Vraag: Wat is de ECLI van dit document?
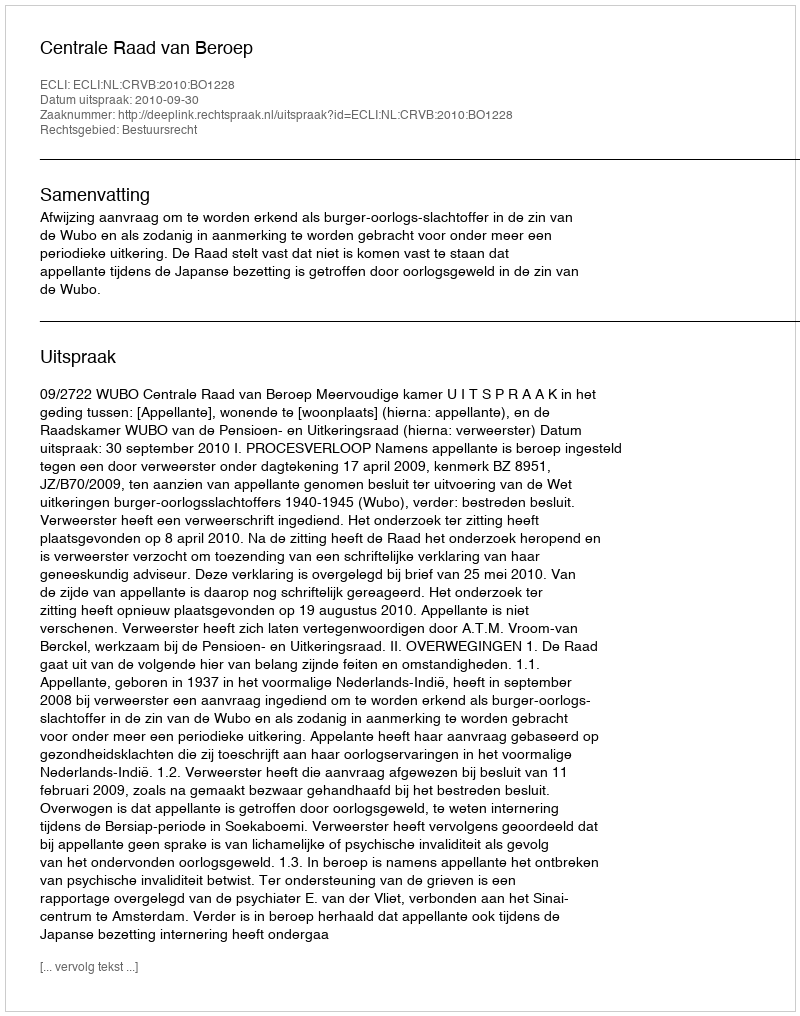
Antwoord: ECLI:NL:CRVB:2010:BO1228